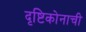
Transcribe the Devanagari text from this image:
दृष्टिकोनाची